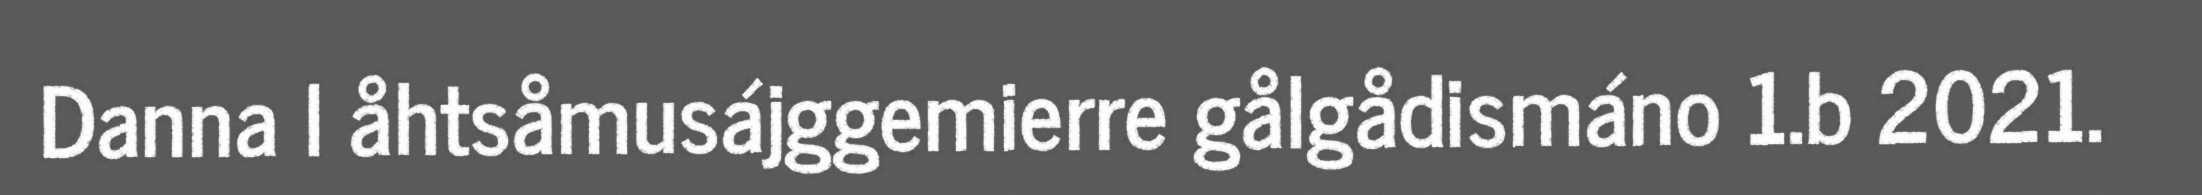
Danna l åhtsåmusájggemierre gålgådismáno 1.b 2021.